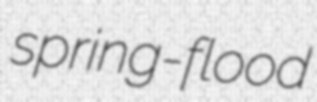
spring-flood